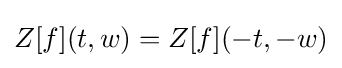
Z[f](t,w)=Z[f](-t,-w)